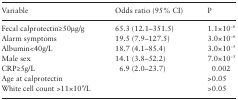
<table><thead><tr><td><b>Variable</b></td><td><b>Odds ratio (95% CI)</b></td><td><b>P</b></td></tr></thead><tbody><tr><td>Fecal calprotectin≥50μg/g</td><td>65.3 (12.1–351.5)</td><td>1.1×10<sup>−6</sup></td></tr><tr><td>Alarm symptoms</td><td>19.5 (7.9–127.5)</td><td>3.0×10<sup>−6</sup></td></tr><tr><td>Albumin&lt;40g/L</td><td>18.7 (4.1–85.4)</td><td>3.0×10<sup>−5</sup></td></tr><tr><td>Male sex</td><td>14.1 (3.8–52.2)</td><td>7.0×10<sup>−5</sup></td></tr><tr><td>CRP≥5g/L</td><td>6.9 (2.0–23.7)</td><td>0.002</td></tr><tr><td>Age at calprotectin</td><td></td><td>&gt;0.05</td></tr><tr><td>White cell count &gt;11×10<sup>9</sup>/L</td><td></td><td>&gt;0.05</td></tr></tbody></table>